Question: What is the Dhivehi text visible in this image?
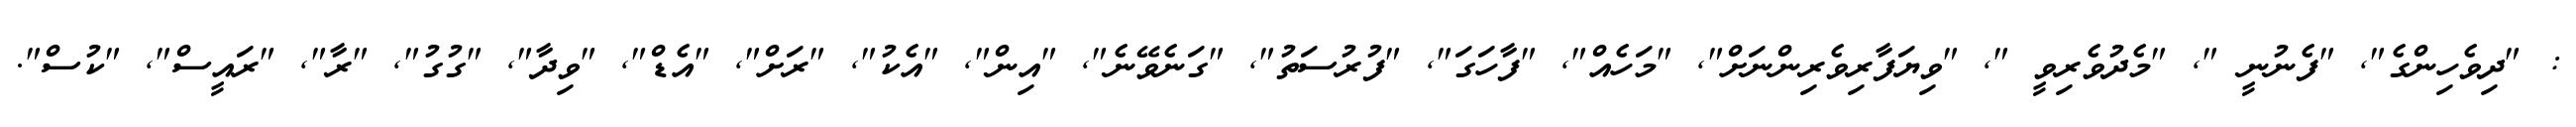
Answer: : "ދިވެހިންގެ", "ފެނުނީ ", "މެދުވެރިވީ ", "ވިޔަފާރިވެރިންނަށް", "މަހެއް", "ފާހަގަ", "ފުރުސަތު", "ގަނެވޭނެ", "އިން", "އެކު", "ރަށް", "އެޑް", "ވިދާ", "ގުގު", "ރާ", "ރައީސް", "ކުސް".